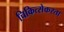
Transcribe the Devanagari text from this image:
चिकित्सेकरता